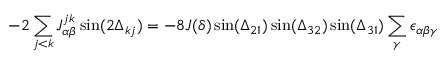
- 2 \sum _ { j < k } J _ { \alpha \beta } ^ { j k } \sin ( 2 \Delta _ { k j } ) = - 8 J ( \delta ) \sin ( \Delta _ { 2 1 } ) \sin ( \Delta _ { 3 2 } ) \sin ( \Delta _ { 3 1 } ) \sum _ { \gamma } \epsilon _ { \alpha \beta \gamma }